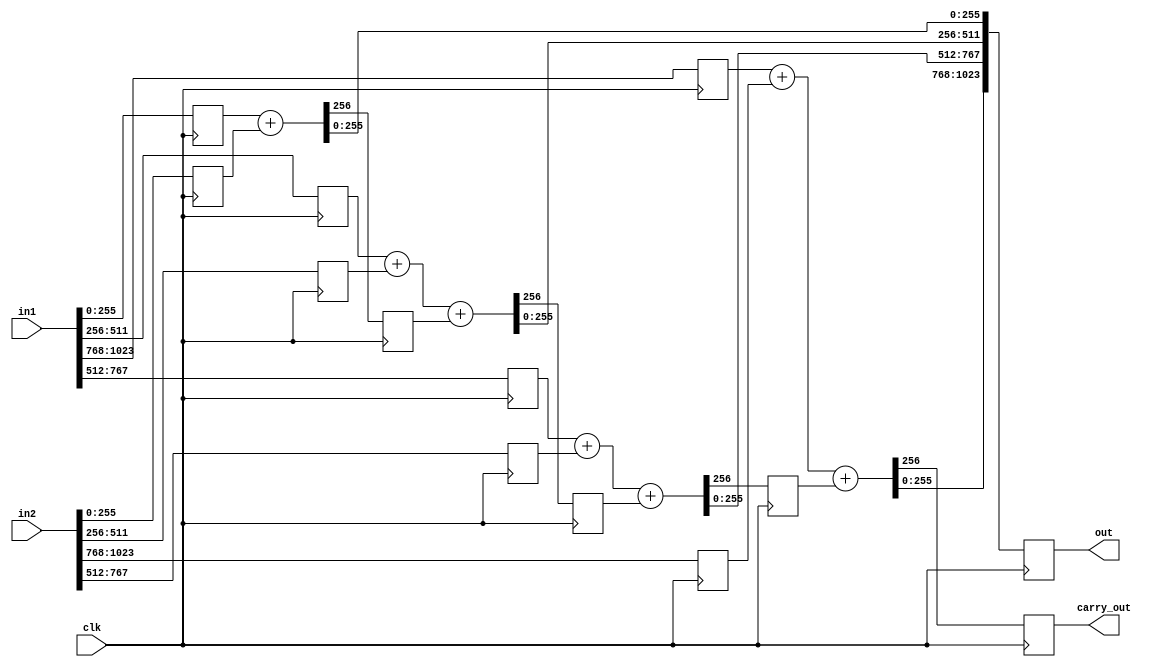
module adder_seq(
    clk, out, carry_out, in1, in2
);

    input clk;
    input [1023:0]in1, in2;
    output reg[1023:0]out;
    output reg carry_out;
    reg carry0, carry1, carry2;

    reg[255:0]r0_0, r0_1;
    reg[255:0]r1_0, r1_1;
    reg[255:0]r3_0, r3_1;
    reg[255:0]r2_0, r2_1;
    

    always @(posedge clk) begin
        r0_0 <= in1[255:0];
        r0_1 <= in2[255:0];
        r1_0 <= in1[511:256];
        r1_1 <= in2[511:256];
        r2_0 <= in1[767:512];
        r2_1 <= in2[767:512];
        r3_0 <= in1[1023:768];
        r3_1 <= in2[1023:768];


        {carry0, out[255:0]} <= r0_0 + r0_1;
        {carry1, out[511:256]} <= r1_0 + r1_1 + carry0;
        {carry2, out[767:512]} <= r2_0 + r2_1 + carry1;
        {carry_out, out[1023:768]} <= r3_0 + r3_1 + carry2;
    end

endmodule